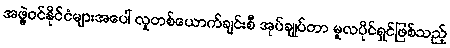
အဖွဲ့ဝင်နိုင်ငံများအပေါ် လူတစ်ယောက်ချင်းစီ အုပ်ချုပ်တာ မူလပိုင်ရှင်ဖြစ်သည့်